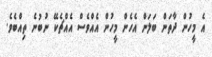
އެ މީހުން ދާތަން ބަލަން އެހެން މީހުން އެއްވެސް އެއްޗެކޭ ނުބުނެ ތިއްބެވެ.